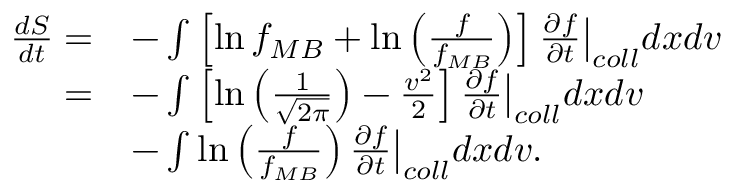
\begin{array} { r l } { \frac { d S } { d t } = } & { - \int \left[ \ln f _ { M B } + \ln \left( \frac { f } { f _ { M B } } \right) \right] \frac { \partial f } { \partial t } \bigr \rvert _ { c o l l } d x d v } \\ { = } & { - \int \left[ \ln \left( \frac { 1 } { \sqrt { 2 \pi } } \right) - \frac { v ^ { 2 } } { 2 } \right] \frac { \partial f } { \partial t } \bigr \rvert _ { c o l l } d x d v } \\ & { - \int \ln \left( \frac { f } { f _ { M B } } \right) \frac { \partial f } { \partial t } \bigr \rvert _ { c o l l } d x d v . } \end{array}